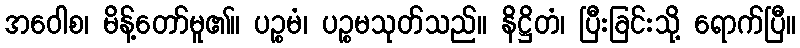
အဝေါစ၊ မိန့်တော်မူ၏။ ပဉ္စမံ၊ ပဉ္စမသုတ်သည်။ နိဋ္ဌိတံ၊ ပြီးခြင်းသို့ ရောက်ပြီ။